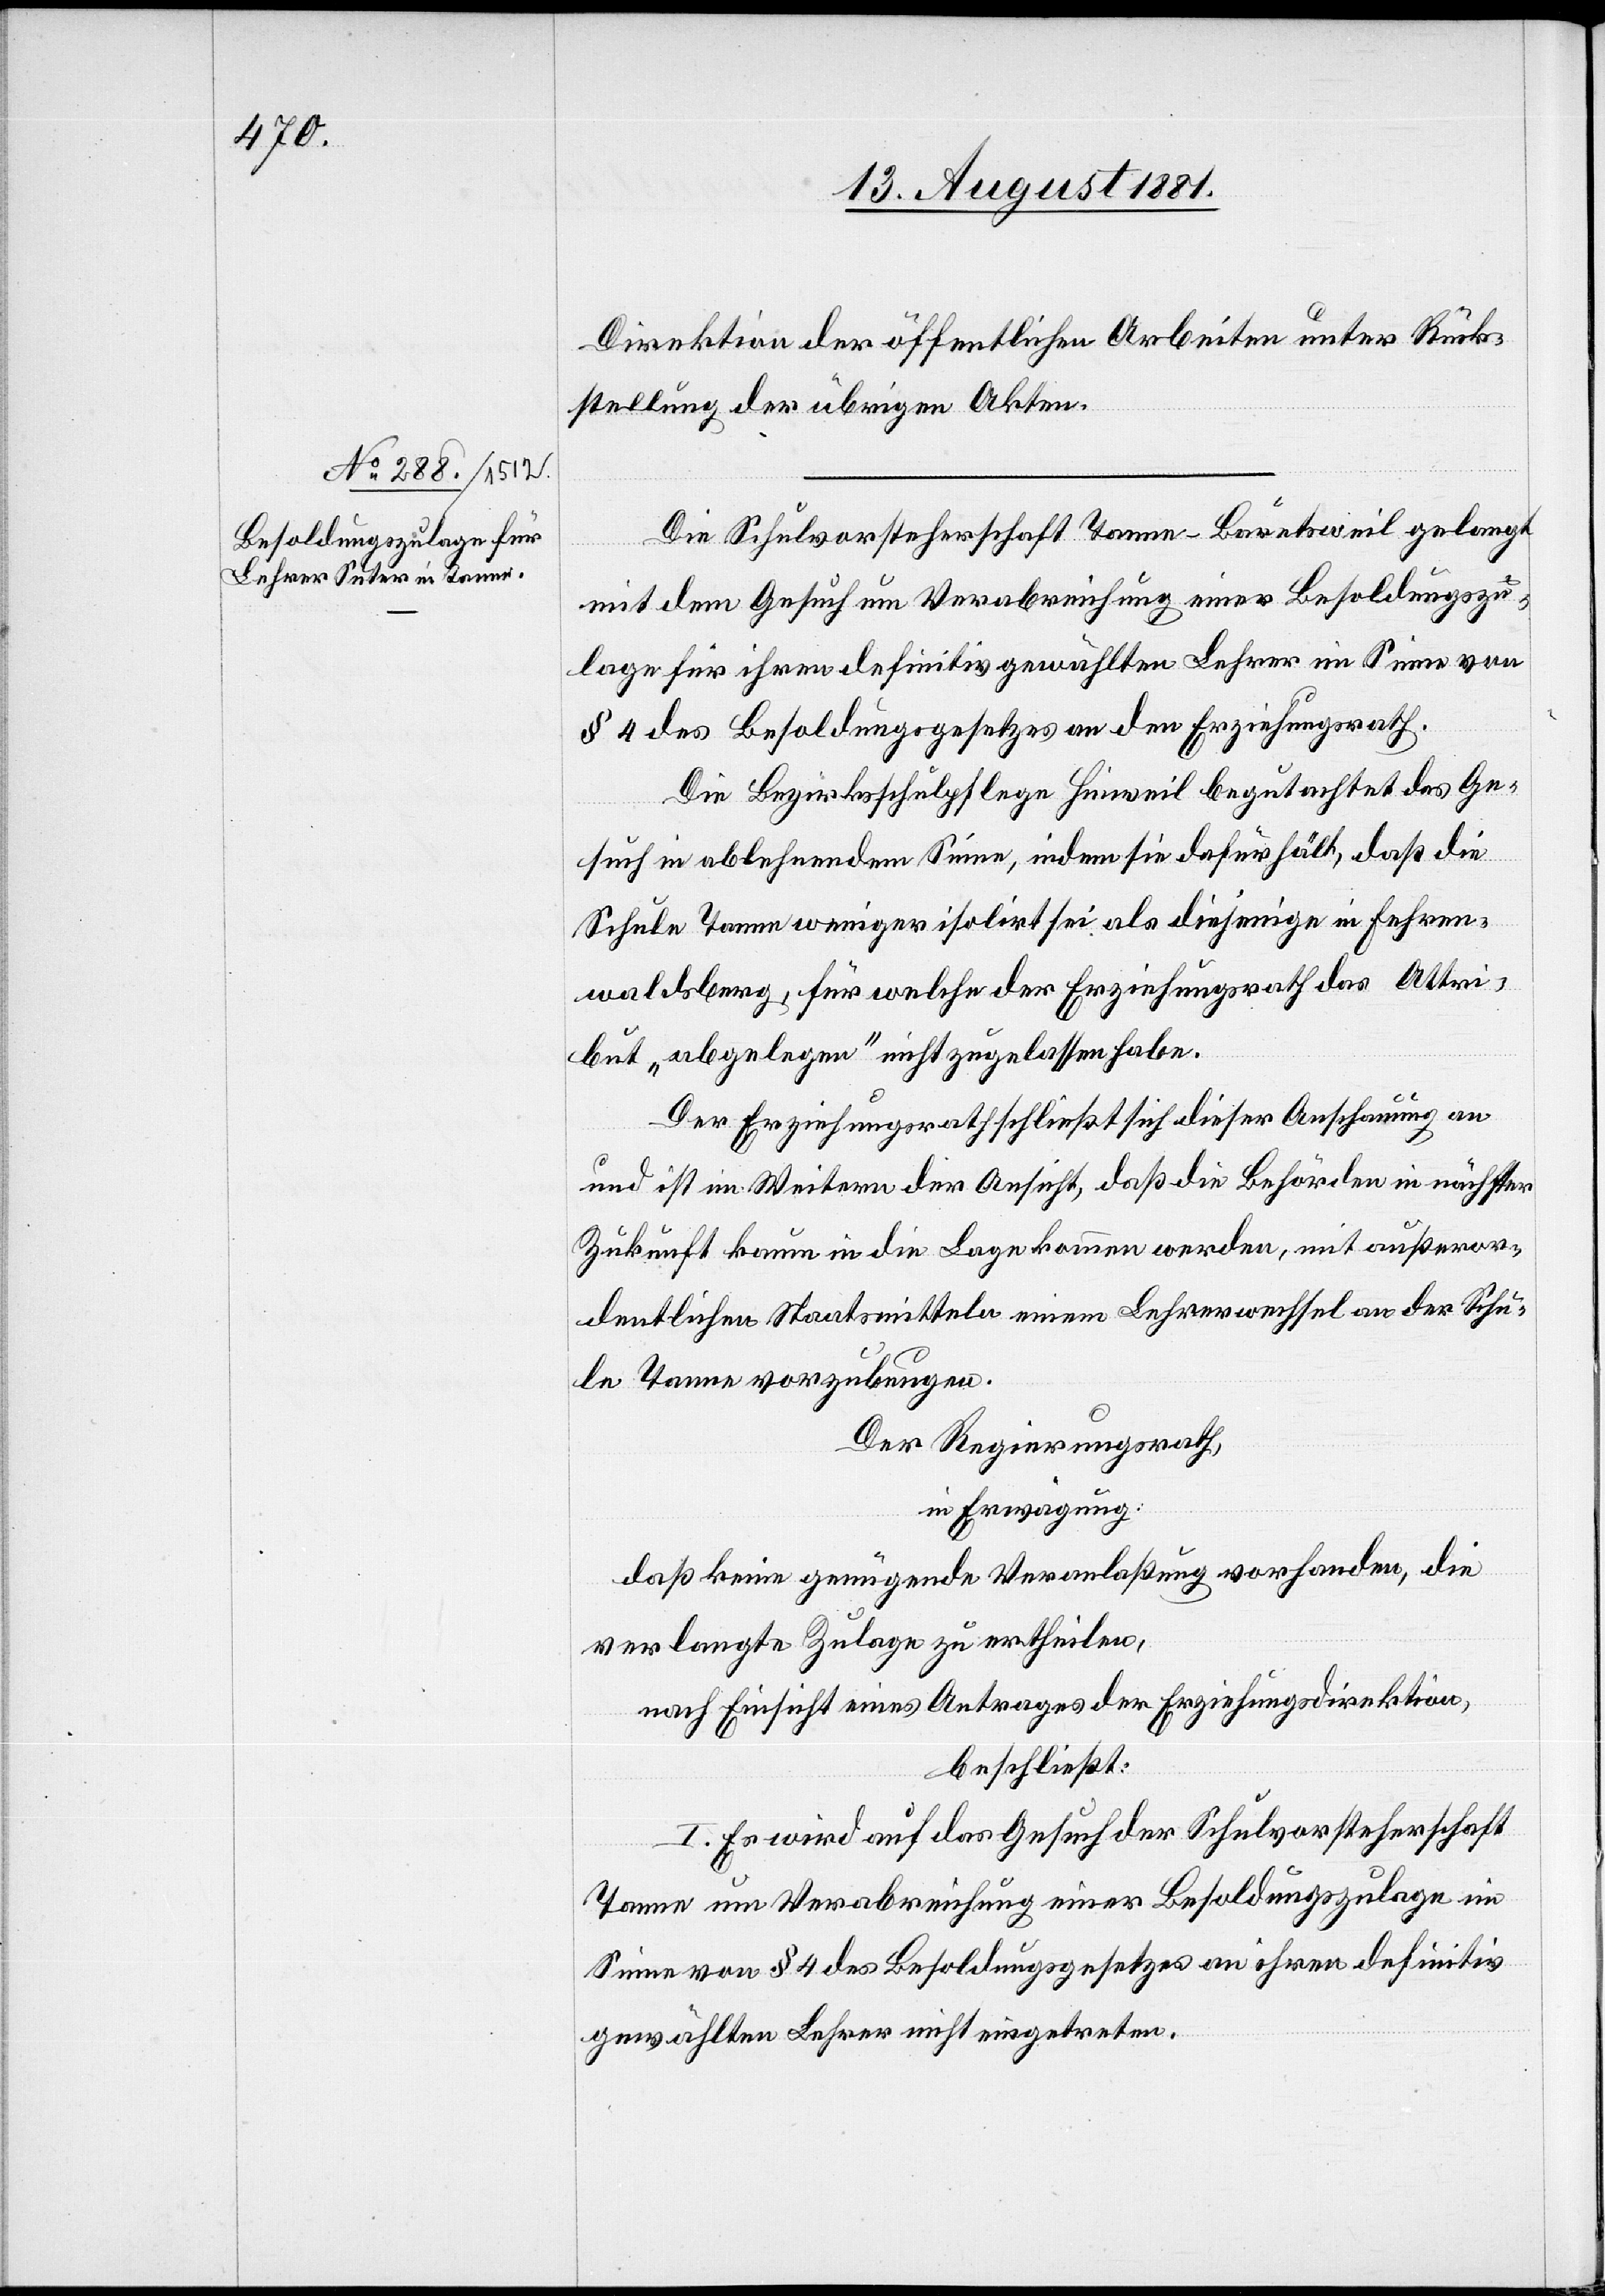
Direktion der öffentlichen Arbeiten unter Rück¬
stellung der übrigen Akten.
Die Schulvorsteherschaft Tanne – Bäretsweil gelangt
mit dem Gesuch um Verabreichung einer Besoldungszu¬
lage für ihren definitiv gewählten Lehrer im Sinne von
§ 4 des Besoldungsgesetzes an den Erziehungsrath.
Die Bezirksschulpflege Hinweil begutachtet das Ge¬
such in ablehnendem Sinne, indem sie dafür hält, daß die
Schule Tanne weniger isolirt sei als diejenige in Fehren¬
waldsberg, für welche der Erziehungsrath das Attri¬
but „abgelegen“ nicht zugelassen habe.
Der Erziehungsrath schließt sich dieser Anschauung an
und ist im Weitern der Ansicht, daß die Behörden in nächster
Zukunft kaum in die Lage kommen werden, mit außeror¬
dentlichen Staatsmitteln einem Lehrerwechsel an der Schu¬
le Tanne vorzubeugen.
Der Regierungsrath,
in Erwägung:
daß keine genügende Veranlaßung vorhanden, die
verlangte Zulage zu ertheilen,
nach Einsicht eines Antrages der Erziehungsdirektion,
beschließt:
I. Es wird auf das Gesuch der Schulvorsteherschaft
Tanne um Verabreichung einer Besoldungszulage im
Sinne von § 4 des Besoldungsgesetzes an ihren definitiv
gewählten Lehrer nicht eingetreten.